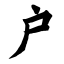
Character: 户